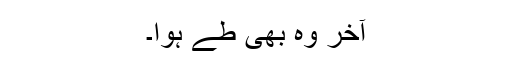
آخر وہ بھی طے ہوا۔